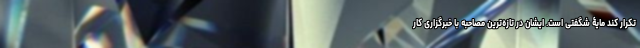
تکرار کند مایۀ شگفتی است. ایشان در تازه‌ترین مصاحبه با خبرگزاری کار